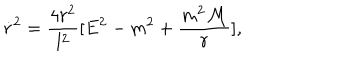
LaTeX: \dot { r } ^ { 2 } = \frac { 4 r ^ { 2 } } { l ^ { 2 } } [ E ^ { 2 } - m ^ { 2 } + \frac { m ^ { 2 } { \cal M } } { r } ] ,